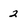
Character: 2